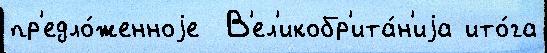
пр'едло́женноjе  В'ел'икобр'ита́н'иjа ито́га